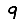
Digit: 9